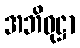
အဘိဝုဋ္ဌာ